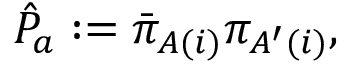
{ \hat { \cal P } } _ { a } : = { \bar { \pi } } _ { A ( i ) } { \pi } _ { A ^ { \prime } ( i ) } ,